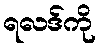
ရလဒ်ကို